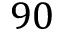
9 0